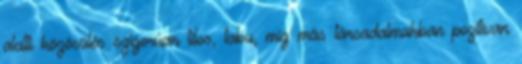
alatti közösülés szigorúan tilos, tabu, míg más társadalmakban pozitívan